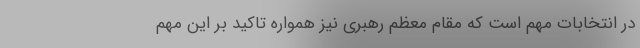
در انتخابات مهم است که مقام معظم رهبری نیز همواره تاکید بر این مهم